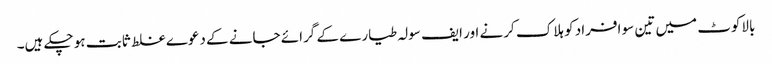
بالاکوٹ میں تین سو افراد کو ہلاک کرنے اور ایف سولہ طیارے کے گرائے جانے کے دعوے غلط ثابت ہو چکے ہیں۔